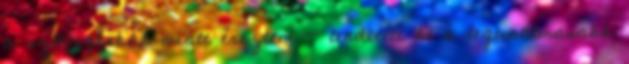
a szöveghibák miatt éreztem - lendített át a legunalmasabb